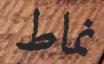
نماط